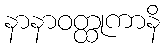
နာနာဝတ္ထုကာနိ